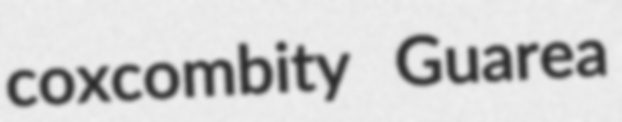
coxcombity Guarea